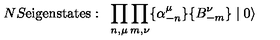
N S \mathrm { e i g e n s t a t e s : } \: \: \: \prod _ { n , \mu } \prod _ { m , \nu } \{ \alpha _ { - n } ^ { \mu } \} \{ B _ { - m } ^ { \nu } \} \mid 0 \rangle